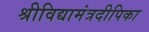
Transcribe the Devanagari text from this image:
श्रीविद्यामंत्रदीपिका